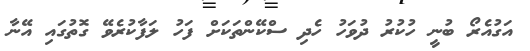
އަގުއެރޯ ބުނީ ހުކުރު ދުވަހު ހެދި ސްކޭންތަކަށް ފަހު ލަފާކުރެވޭ ގޮތުގައި އޭނާ